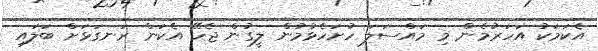
އެކަމަކު އަހަރުމެން މި މައްސަލަ ހުށަހެޅުމުން ލީގުން ޖެހޭ އެކަން ރަނގަޅަށް ބަލައި